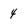
Character: 4